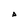
Character: A